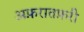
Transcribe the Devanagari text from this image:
अफ़रातफ़री